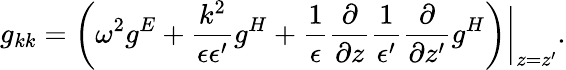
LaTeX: g_{kk}=\left(\omega^{2}g^{E}+{\frac{k^{2}}{\epsilon\epsilon^{\prime}}}g^{H}+{\frac{1}{\epsilon}}{\frac{\partial}{\partial z}}{\frac{1}{\epsilon^{\prime}}}{\frac{\partial}{\partial z^{\prime}}}g^{H}\right)\bigg|_{z=z^{\prime}}.